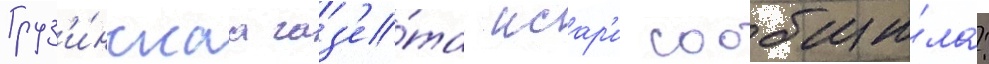
Груз'и́нскаа газ'е́та исар'и сообщи́ла: